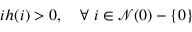
i h ( i ) > 0 , \ \ \ \forall \ i \in \mathcal { N } ( 0 ) - \{ 0 \}